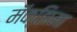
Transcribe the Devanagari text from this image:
मॅक्झिमा